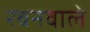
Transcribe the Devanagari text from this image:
रबनवाले